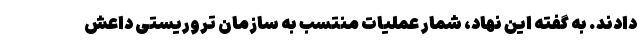
دادند. به گفته این نهاد، شمار عملیات منتسب به سازمان تروریستی داعش